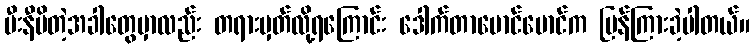
မီးနီမိတဲ့အခါတွေမှာလည်း တရားမှတ်လို့ရကြောင်း ဒေါက်တာမောင်မောင်က ပြန်ကြားခဲ့ပါတယ်။